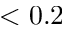
< 0 . 2